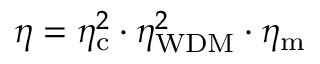
\eta = \eta _ { \mathrm { c } } ^ { 2 } \cdot \eta _ { \mathrm { W D M } } ^ { 2 } \cdot \eta _ { \mathrm { m } }